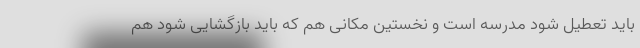
باید تعطیل شود مدرسه است و نخستین مکانی هم که باید بازگشایی شود هم